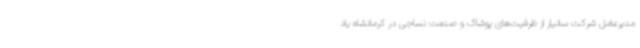
مدیرعامل شرکت سانیار از ظرفیت‌های پوشاک و صنعت نساجی در کرمانشاه یاد